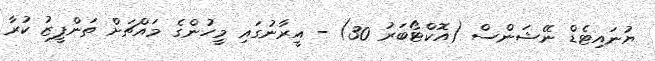
ޔުނައިޓެޑް ނޭޝަންސް (އޮކްޓޯބަރު 30) - އީރާނުގައި މީހުންގެ މައްޗަށް ތަންފީޒު ކުރާ